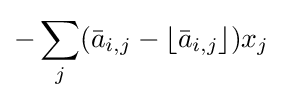
-\sum _{j}({\bar {a}}_{i,j}-\lfloor {\bar {a}}_{i,j}\rfloor )x_{j}